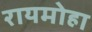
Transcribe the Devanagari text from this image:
रायमोहा